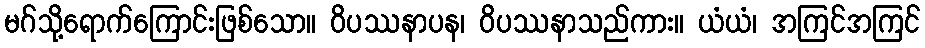
မဂ်သို့ရောက်ကြောင်းဖြစ်သော။ ဝိပဿနာပန၊ ဝိပဿနာသည်ကား။ ယံယံ၊ အကြင်အကြင်